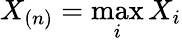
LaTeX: X_{(n)}=\operatorname*{max}_{i}X_{i}